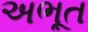
અભૂત